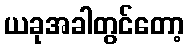
ယခုအခါတွင်တော့